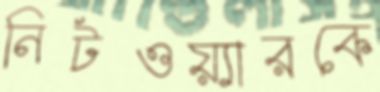
নিটওয়্যারকে